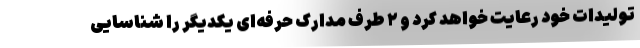
تولیدات خود رعایت خواهد کرد و ۲ طرف مدارک حرفه‌ای یکدیگر را شناسایی